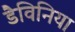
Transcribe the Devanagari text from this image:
डैविनिया